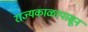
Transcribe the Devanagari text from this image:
राज्यकाळापासून